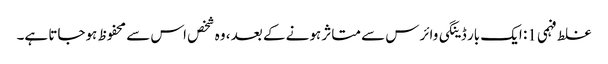
غلط فہمی 1: ایک بار ڈینگی وائرس سے متاثر ہونے کے بعد ، وہ شخص اس سے محفوظ ہوجاتا ہے۔